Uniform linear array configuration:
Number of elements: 12
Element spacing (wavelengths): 0.25
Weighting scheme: uniform
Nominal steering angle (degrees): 0
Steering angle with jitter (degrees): -0.3198
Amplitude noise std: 0.05
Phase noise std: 0.05

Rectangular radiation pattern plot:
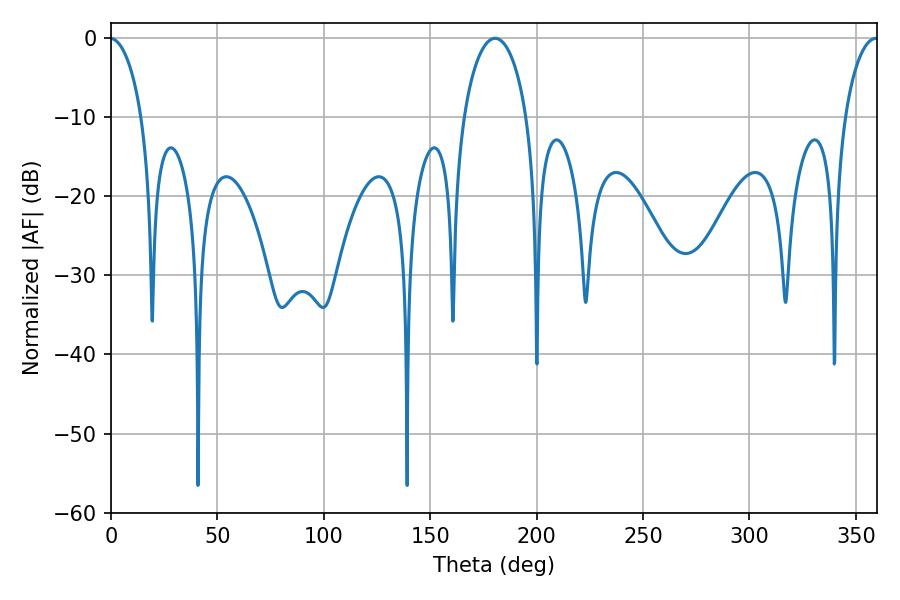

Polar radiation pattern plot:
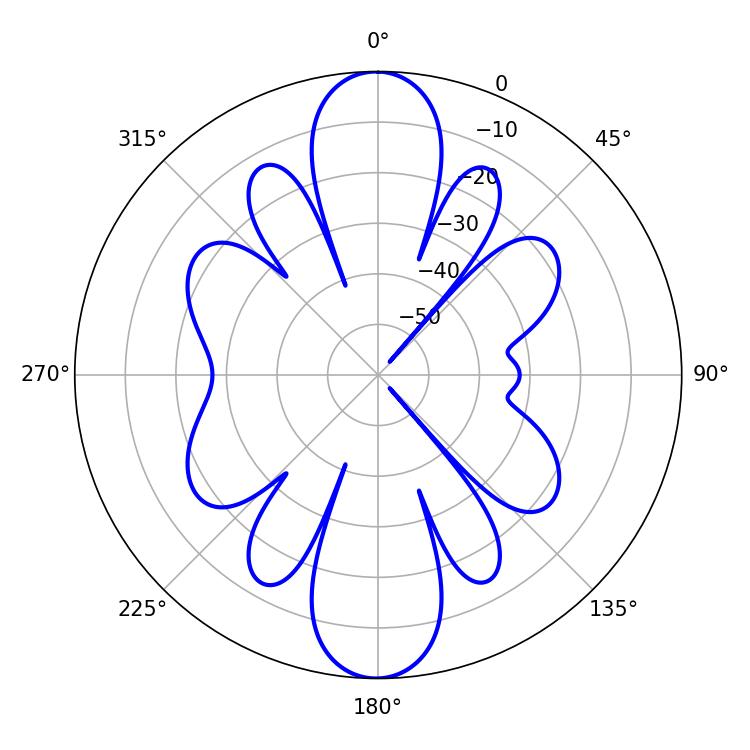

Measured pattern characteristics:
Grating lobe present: FALSE
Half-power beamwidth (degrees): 9
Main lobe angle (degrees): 359.46